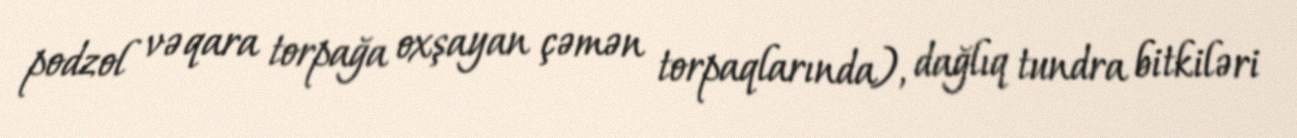
podzol və qara torpağa oxşayan çəmən torpaqlarında), dağlıq tundra bitkiləri